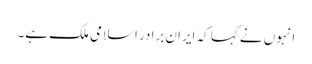
انہوں نے کہا کہ ایران برادر اسلامی ملک ہے۔